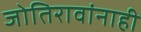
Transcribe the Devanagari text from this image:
जोतिरावांनाही